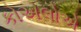
કોએલોએ